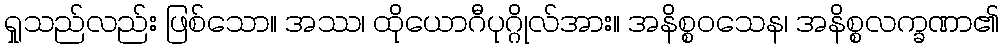
ရှုသည်လည်း ဖြစ်သော။ အဿ၊ ထိုယောဂီပုဂ္ဂိုလ်အား။ အနိစ္စဝသေန၊ အနိစ္စလက္ခဏာ၏